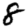
Digit: 8